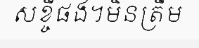
សខ្ចីផង។មិនត្រឹម